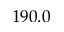
1 9 0 . 0